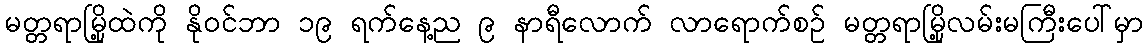
မတ္တရာမြို့ထဲကို နိုဝင်ဘာ ၁၉ ရက်နေ့ည ၉ နာရီလောက် လာရောက်စဉ် မတ္တရာမြို့လမ်းမကြီးပေါ်မှာ